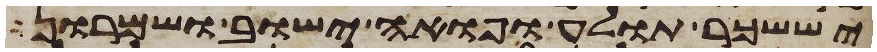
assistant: יששכר תולע ופואה ישוב ושמרון